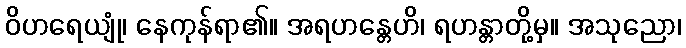
ဝိဟရေယျုံ၊ နေကုန်ရာ၏။ အရဟန္တေဟိ၊ ရဟန္တာတို့မှ။ အသုညော၊